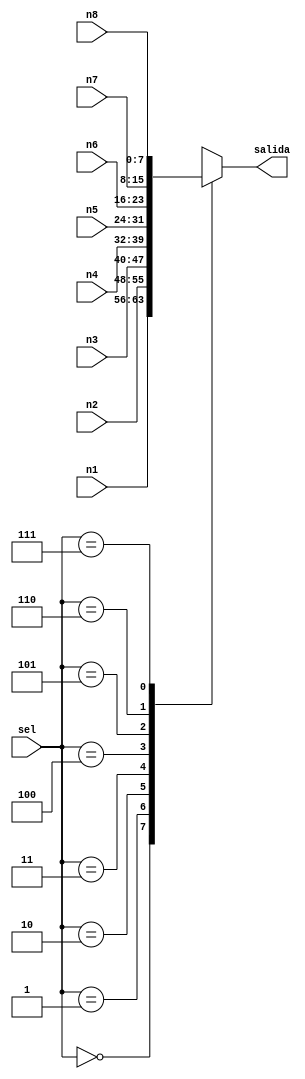
module multiplexor(sel, n1, n2, n3, n4, n5, n6, n7, n8, salida); 

	input [2:0] sel;
	input [7:0] n1;
	input [7:0] n2;
	input [7:0] n3;
	input [7:0] n4;
	input [7:0] n5;
	input [7:0] n6;
	input [7:0] n7;
	input [7:0] n8;
	output [7:0] salida;

	reg [7:0] salida;

	always @*
		begin
			case (sel)
				3'b000: salida = n1;
				3'b001: salida = n2;
				3'b010: salida = n3;
				3'b011: salida = n4;
				3'b100: salida = n5;
				3'b101: salida = n6;
				3'b110: salida = n7;
				3'b111: salida = n8;
			endcase
		end

endmodule